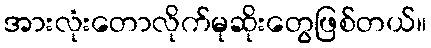
အားလုံးတောလိုက်မုဆိုးတွေဖြစ်တယ်။